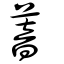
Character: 萻